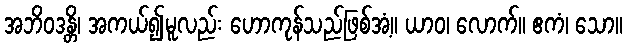
အဘိဝဒန္တိ၊ အကယ်၍မူလည်း ဟောကုန်သည်ဖြစ်အံ့။ ယာဝ၊ လောက်။ ဧကံ၊ သော။